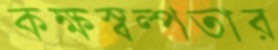
কক্ষস্বল্পতার